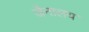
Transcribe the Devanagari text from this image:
जैनालय